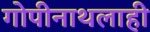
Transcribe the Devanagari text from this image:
गोपीनाथलाही